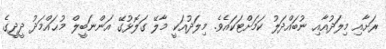
ރަށާއި މިލަދުއާއި ނުބައްދަލު ކަމަށްޓަކައެވެ. މިލަދުއަކީ މާލޭ ގަލޮޅުގޭ އަންނަބީލް މުޙައްމަދު ދީދީގެ